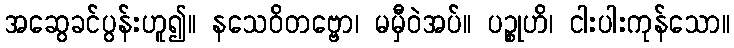
အဆွေခင်ပွန်းဟူ၍။ နသေဝိတဗ္ဗော၊ မမှီဝဲအပ်။ ပဉ္စုဟိ၊ ငါးပါးကုန်သော။